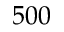
5 0 0